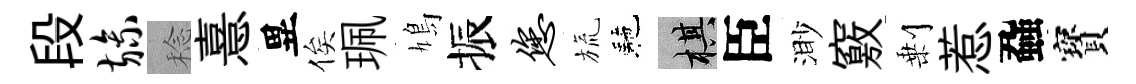
段旒稔憙異俟珮鳩振您旒駰棋臣渺竅剰惹蝨寳